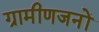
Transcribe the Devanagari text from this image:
ग्रामीणजनों